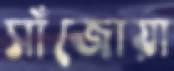
সাঁজোয়া